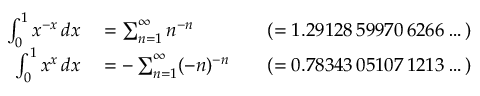
\begin{array} { r l r l } { \int _ { 0 } ^ { 1 } x ^ { - x } \, d x } & { { } = \sum _ { n = 1 } ^ { \infty } n ^ { - n } } & { } & { { } ( = 1 . 2 9 1 2 8 \, 5 9 9 7 0 \, 6 2 6 6 \dots ) } \\ { \int _ { 0 } ^ { 1 } x ^ { x } \, d x } & { { } = - \sum _ { n = 1 } ^ { \infty } ( - n ) ^ { - n } } & { } & { { } ( = 0 . 7 8 3 4 3 \, 0 5 1 0 7 \, 1 2 1 3 \dots ) } \end{array}